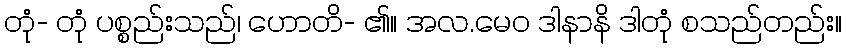
တုံ- တုံ ပစ္စည်းသည်၊ ဟောတိ- ၏။ အလ.မေဝ ဒါနာနိ ဒါတုံ စသည်တည်း။